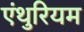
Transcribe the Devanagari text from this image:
एंथुरियम